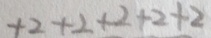
+ 2 + 2 + 2 + 2 + 2